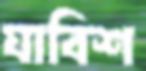
যাবিশ